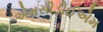
એમસીડીઈએમ